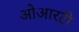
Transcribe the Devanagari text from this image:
ओआरटी